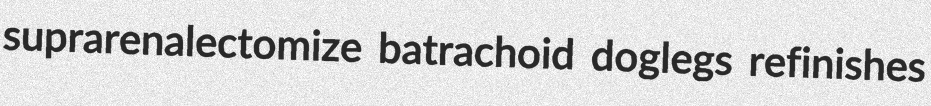
suprarenalectomize batrachoid doglegs refinishes